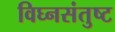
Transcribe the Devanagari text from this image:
विघ्नसंतुष्ट